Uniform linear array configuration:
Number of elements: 32
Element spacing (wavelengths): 0.25
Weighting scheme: blackman
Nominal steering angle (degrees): -45
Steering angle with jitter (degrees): -43.955
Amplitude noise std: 0.05
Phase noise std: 0.05

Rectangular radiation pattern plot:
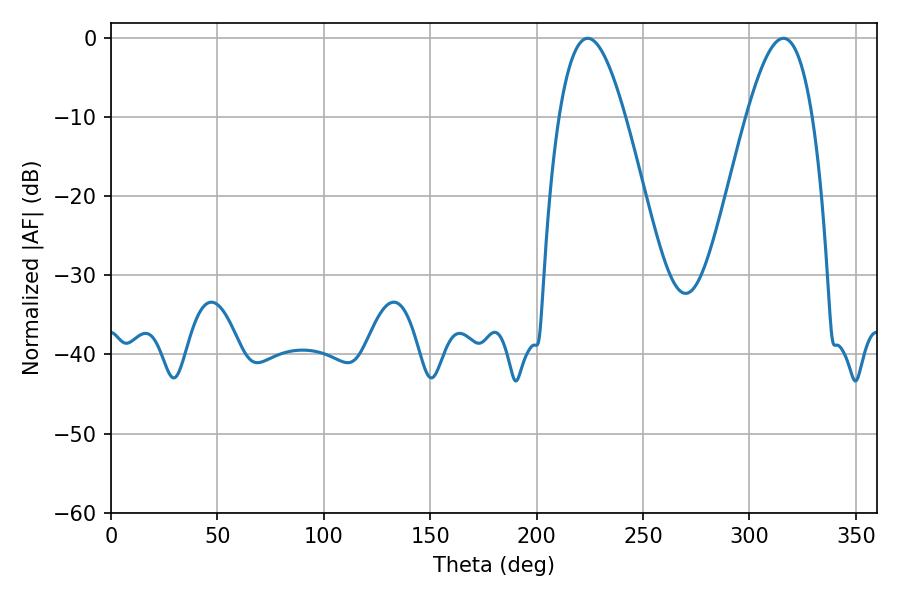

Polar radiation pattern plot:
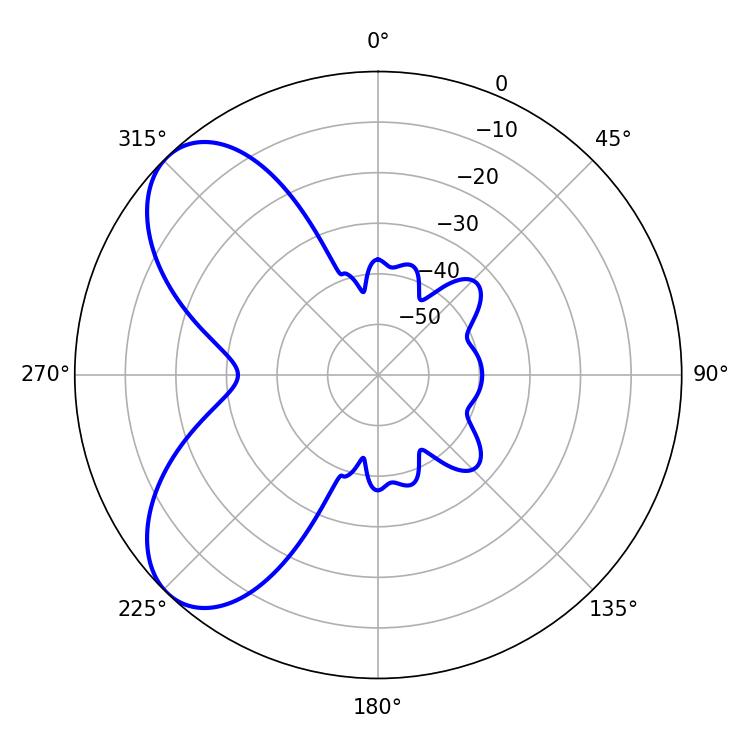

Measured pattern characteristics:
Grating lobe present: FALSE
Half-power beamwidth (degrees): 16.92
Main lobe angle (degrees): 224.1